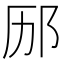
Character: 𮷨